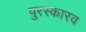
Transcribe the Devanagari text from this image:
पुरस्कारव